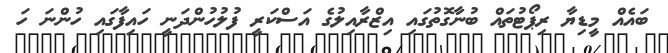
ބައެއް މީޑިޔާ ރިޕޯޓުތައް ބުނާގޮތުގައި އިޒްރާއިލުގެ އަސްކަރީ ފުލުހުންދަނީ ހައިފާގައި ހުންނަ ހަ